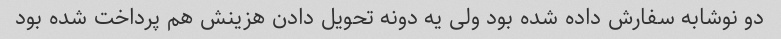
دو نوشابه سفارش داده شده بود ولی یه دونه تحویل دادن هزینش هم پرداخت شده بود